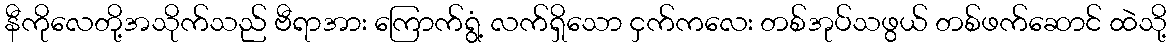
နီကိုလေတို့အသိုက်သည် ဗီရာအား ကြောက်ရွံ့ လက်ရှိသော ငှက်ကလေး တစ်အုပ်သဖွယ် တစ်ဖက်ဆောင် ထဲသို့